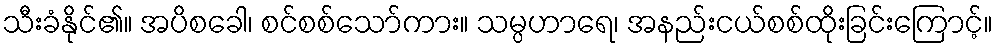
သီးခံနိုင်၏။ အပိစခေါ၊ စင်စစ်သော်ကား။ သမ္ပဟာရေ၊ အနည်းငယ်စစ်ထိုးခြင်းကြောင့်။